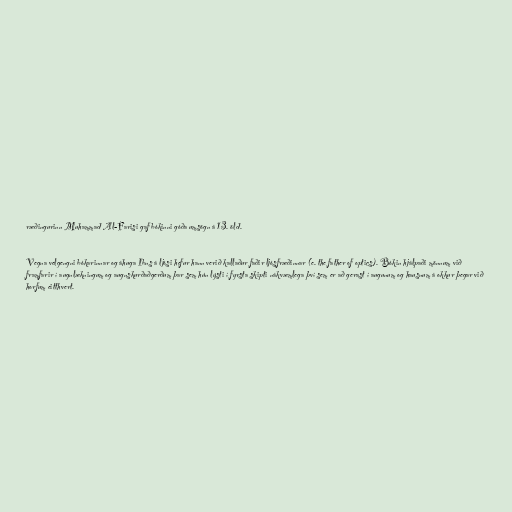
ræðingurinn Muhammad Al-Farisi gaf bókinni góða umsögn á 13. öld.

Vegna velgengni bókarinnar og áhuga Ibns á ljósi hefur hann verið kallaður faðir ljósfræðinnar (e. the father of optics). Bókin hjálpaði mönnum við
framfarir í augnlækningum og augnskurðaðgerðum þar sem hún lýsti í fyrsta skipti nákvæmlega því sem er að gerast í augunum og hausnum á okkur þegar við
horfum eitthvert.